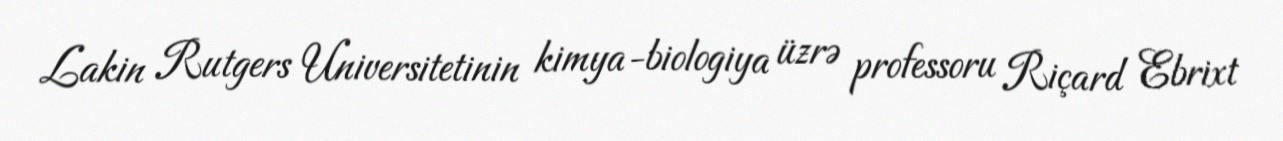
Lakin Rutgers Universitetinin kimya-biologiya üzrə professoru Riçard Ebrixt